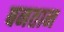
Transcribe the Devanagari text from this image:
बनतान